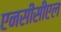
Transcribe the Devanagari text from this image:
एनसीसीएल